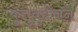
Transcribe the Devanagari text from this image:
कुतुबुद्दीनने